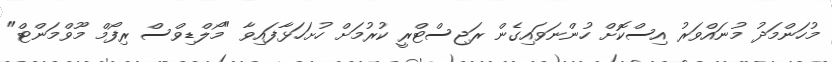
މުހަންމަދު މުނައްވަރު އިސްކޮށް ހުންނަވައިގެން ރަޖިސްޓްރީ ކުރުމަށް ހުށަހަޅާފައިވާ "މޯލްޑިވްސް ރިފޯމް މޫވްމަންޓް"